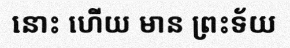
នោះ ហើយ មាន ព្រះទ័យ